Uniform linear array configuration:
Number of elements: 64
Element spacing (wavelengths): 0.5
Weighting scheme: exponential
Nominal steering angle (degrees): -15
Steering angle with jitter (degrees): -13.657
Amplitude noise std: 0.05
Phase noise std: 0.05

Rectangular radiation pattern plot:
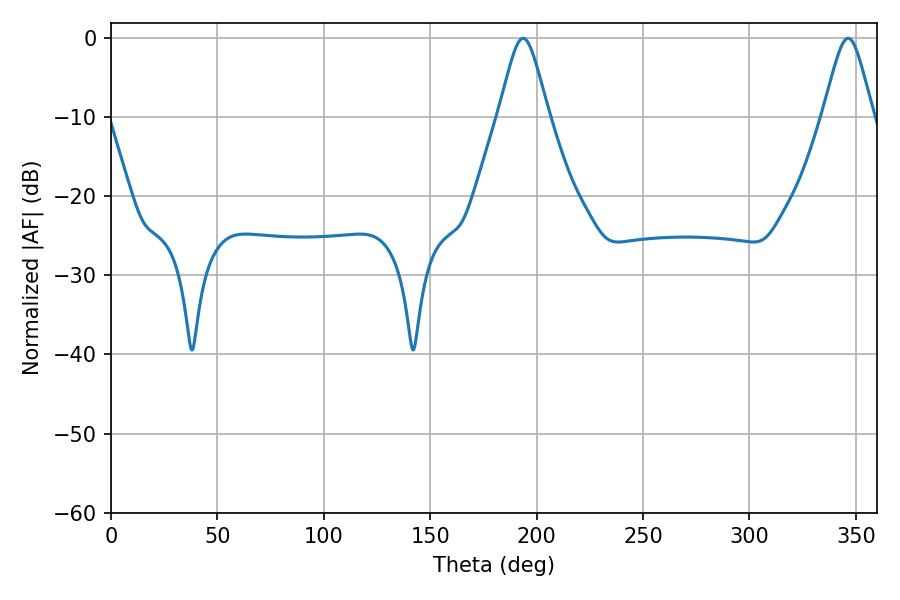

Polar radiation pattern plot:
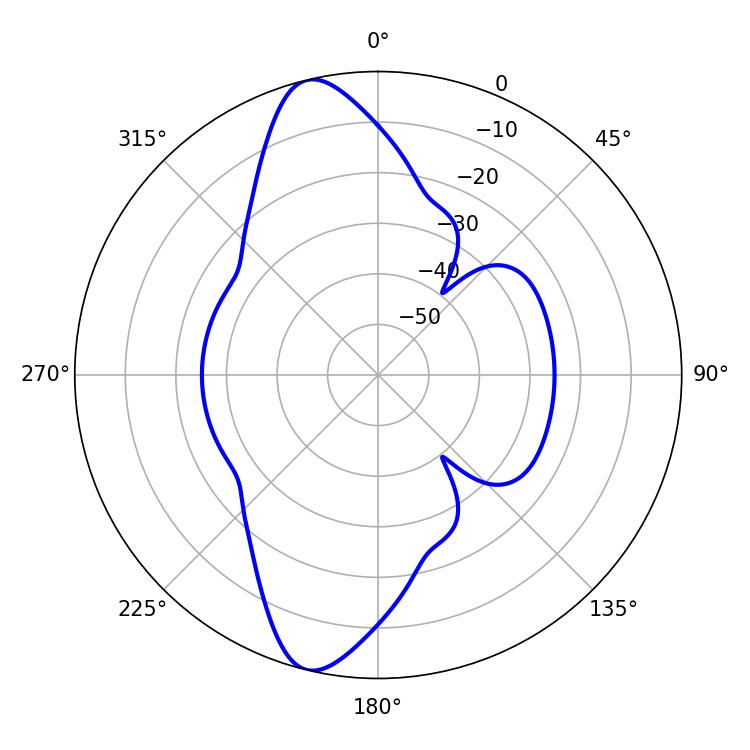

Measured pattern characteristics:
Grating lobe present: FALSE
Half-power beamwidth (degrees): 11.52
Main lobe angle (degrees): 193.68